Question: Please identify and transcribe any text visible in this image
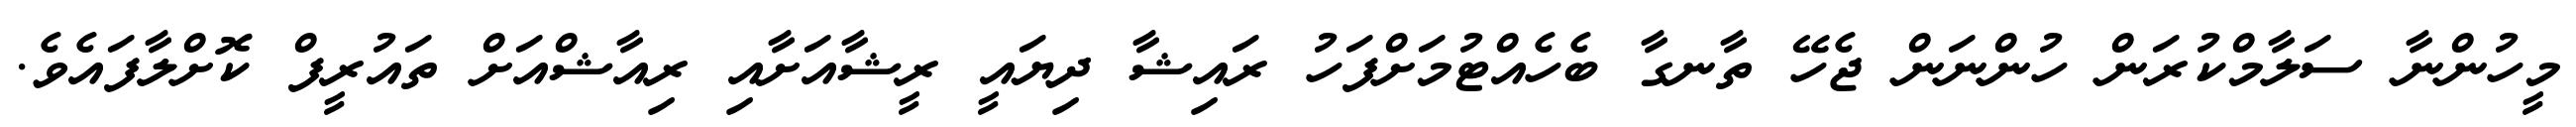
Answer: މީހުންނާ ސަލާމްކުރަން ހުންނަން ޖެހޭ ތާނގާ ބެހެއްޓުމަށްފަހު ރައިޝާ ދިޔައީ ރީޝާއަށާއި ރިއާޝްއަށް ތައުރީފް ކޮށްލާފައެވެ.